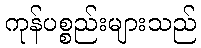
ကုန်ပစ္စည်းများသည်